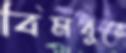
বিমবুরে